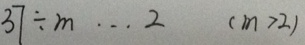
3 7 \div m \cdots 2 ( m > 2 )